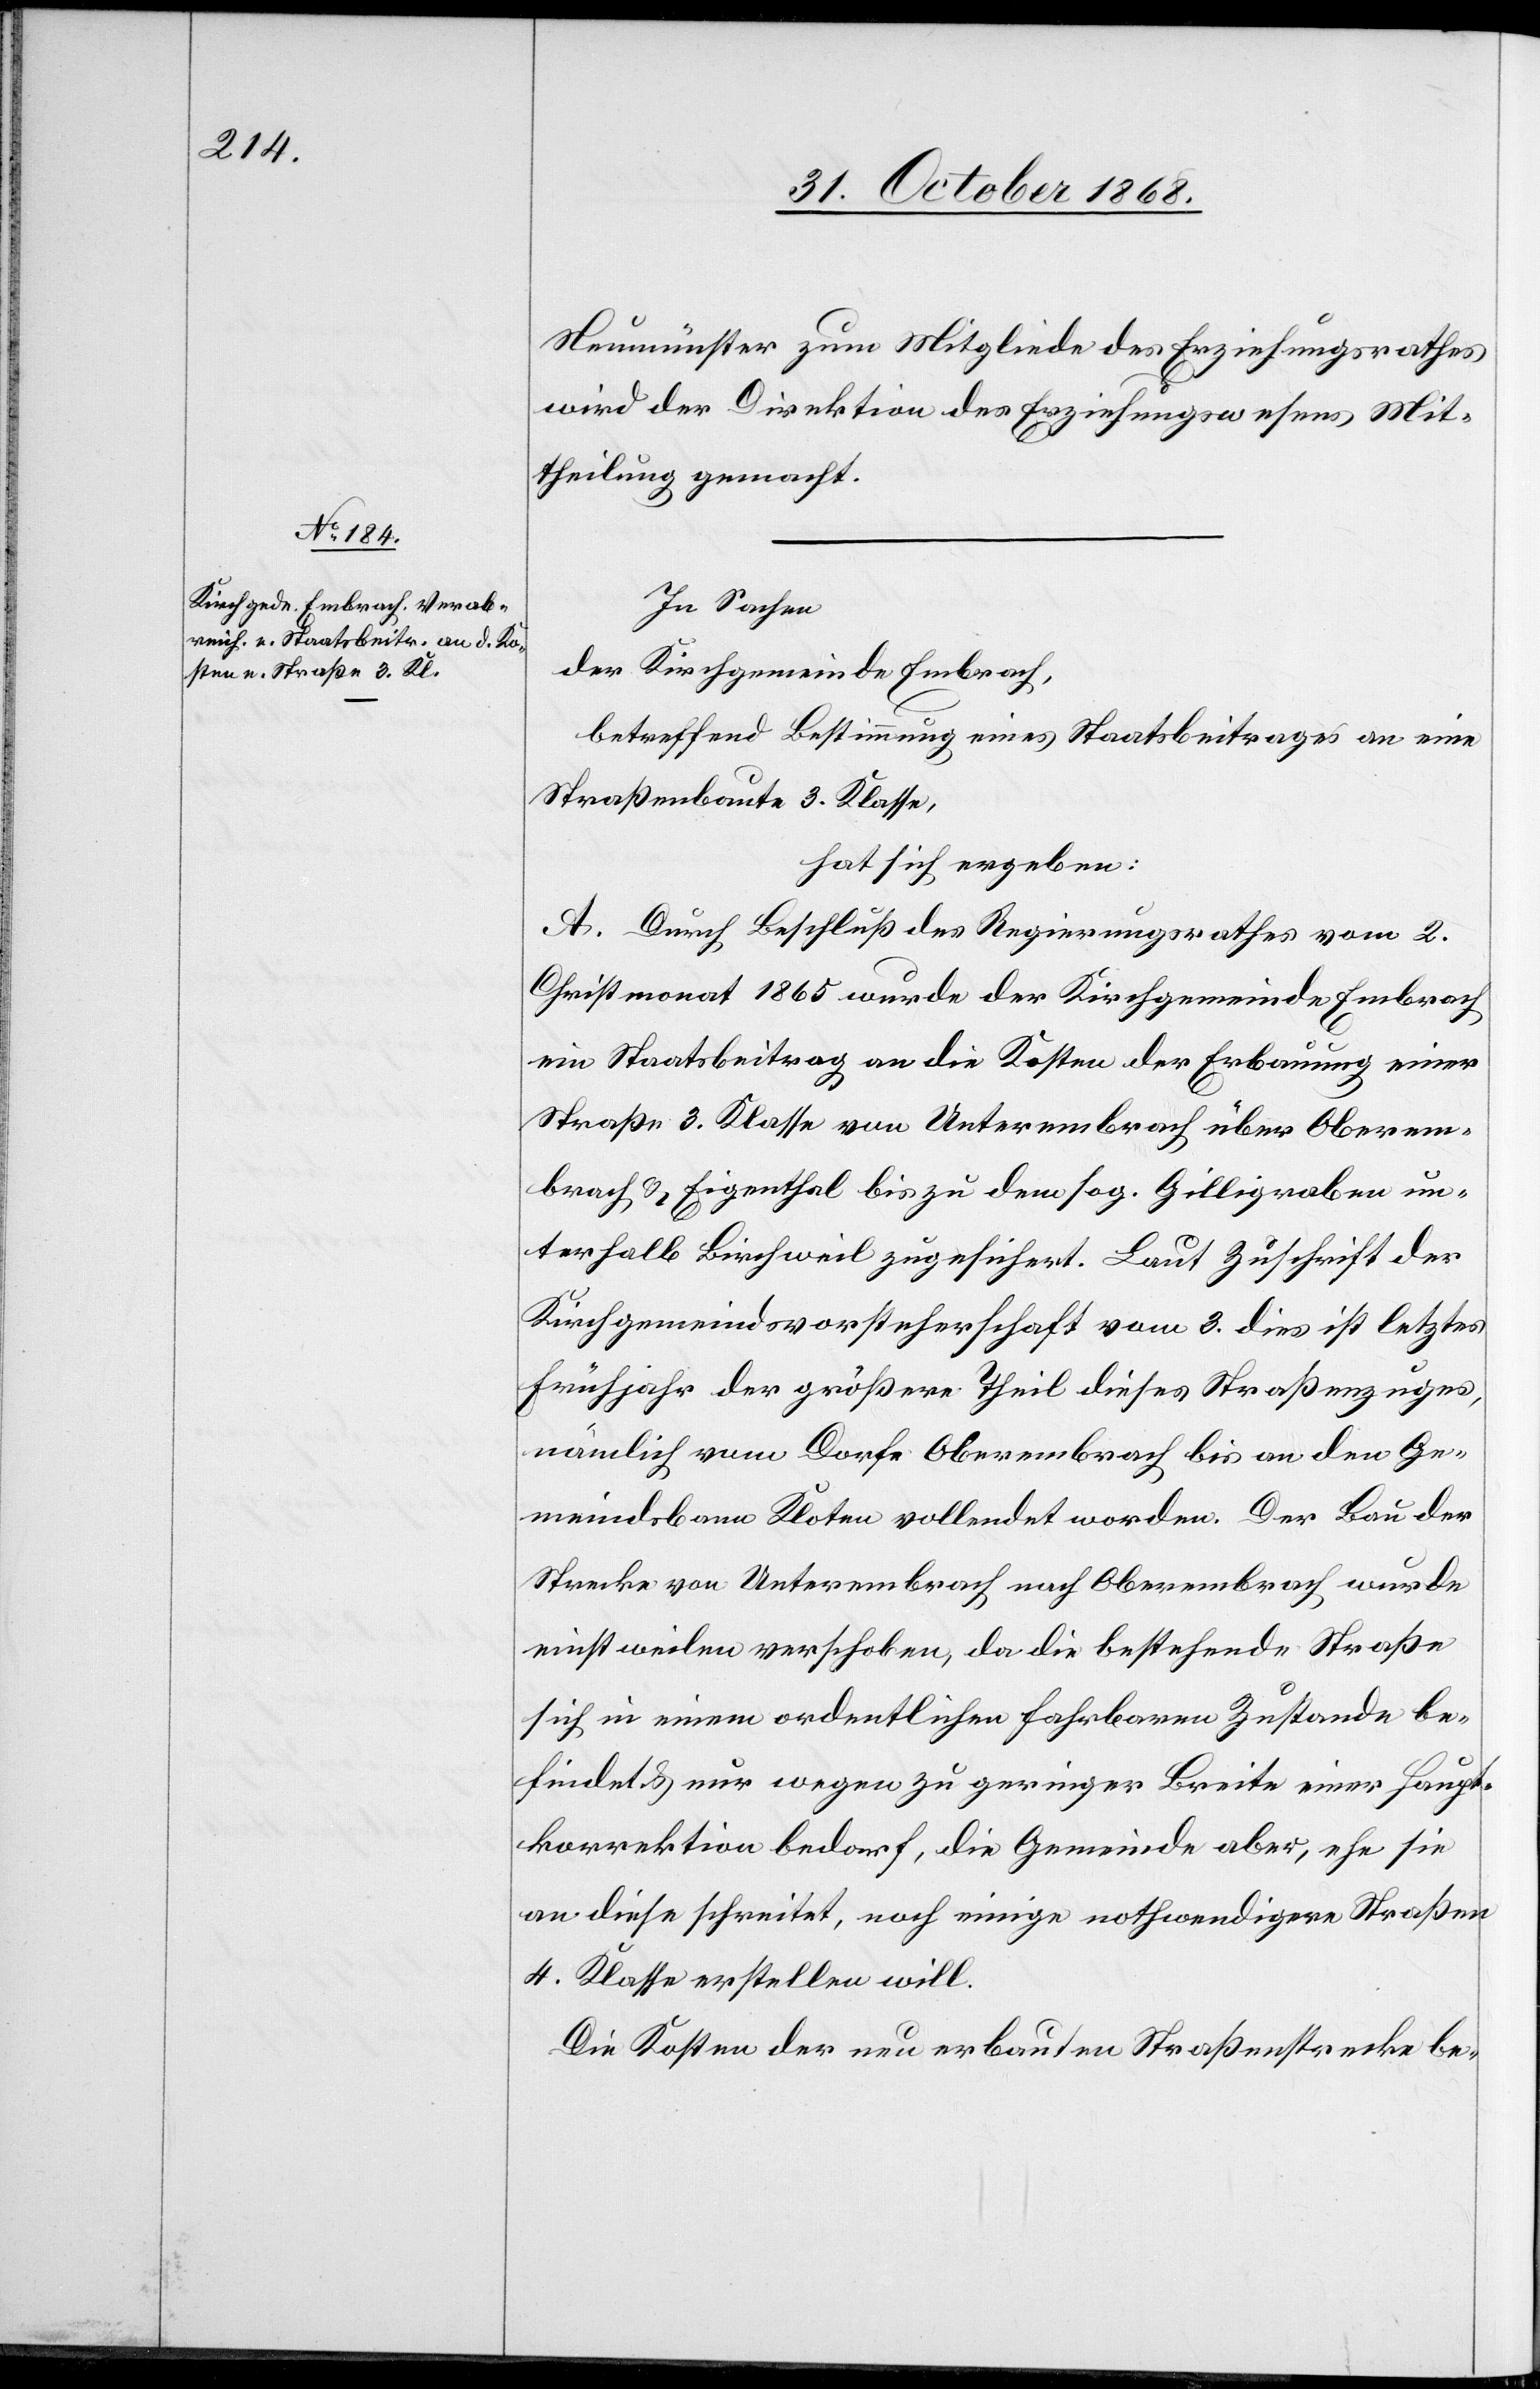
Neumünster zum Mitgliede des Erziehungsrathes
wird der Direktion des Erziehungswesens Mit¬
theilung gemacht.
In Sachen
der Kirchgemeinde Embrach,
betreffend Bestimmung eines Staatsbeitrages an eine
Straßenbaute 3. Klasse,
hat sich ergeben:
A. Durch Beschluß des Regierungsrathes vom 2.
Christmonat 1865 wurde der Kirchgemeinde Embrach
ein Staatsbeitrag an die Kosten der Erbauung einer
Straße 3. Klasse von Unterembrach über Oberem¬
brach & Eigenthal bis zu dem sog. Gilligraben un¬
terhalb Birchweil zugesichert. Laut Zuschrift der
Kirchgemeindsvorsteherschaft vom 3. dies ist letztes
Frühjahr der größere Theil dieses Straßenzuges,
nämlich vom Dorfe Oberembrach bis an den Ge¬
meindsbann Kloten vollendet worden. Der Bau der
Strecke von Unterembrach nach Oberembrach wurde
einstweilen verschoben, da die bestehende Straße
sich in einem ordentlichen fahrbaren Zustande be¬
findet & nur wegen zu geringer Breite einer Haupt¬
korrektion bedarf, die Gemeinde aber, ehe sie
an diese schreitet, noch einige nothwendigere Straßen
4. Klasse erstellen will.
Die Kosten der neu erbauten Straßenstrecke be-